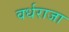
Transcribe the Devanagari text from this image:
वर्धराजा